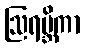
ဩရဗ္ဘိကာ